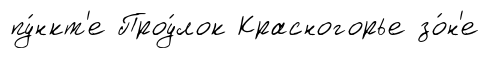
пу́нкт'е Проу́лок Красногорье зо́н'е